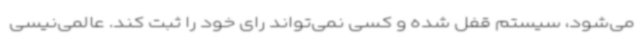
می‌شود، سیستم قفل شده و کسی نمی‌تواند رای خود را ثبت کند. عالمی‌نیسی